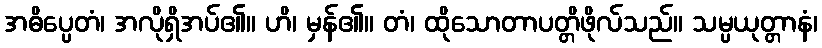
အဓိပ္ပေတံ၊ အလိုရှိအပ်၏။ ဟိ၊ မှန်၏။ တံ၊ ထိုသောတာပတ္တိဖိုလ်သည်။ သမ္ပယုတ္တာနံ၊